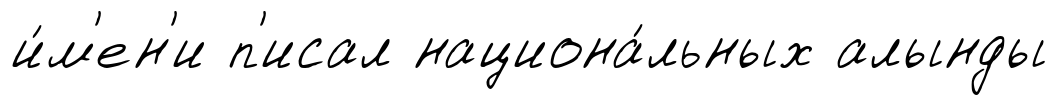
и́м'ен'и п'исал национа́льных алынды